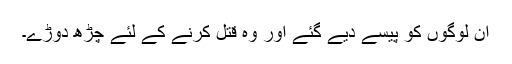
ان لوگوں کو پیسے دیے گئے اور وہ قتل کرنے کے لئے چڑھ دوڑے۔